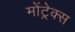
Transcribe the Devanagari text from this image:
मोंट्रेक्स